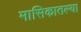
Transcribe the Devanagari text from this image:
मासिकातल्या